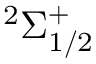
^ 2 \Sigma _ { 1 / 2 } ^ { + }